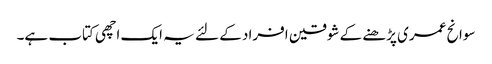
سوانح عمری پڑھنے کے شوقین افراد کے لئے یہ ایک اچھی کتاب ہے۔